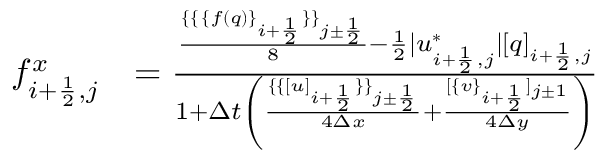
\begin{array} { r l } { f _ { i + \frac 1 2 , j } ^ { x } } & { = \frac { \frac { \{ \{ \, \{ f ( q ) \} _ { i + \frac 1 2 } \} \} _ { j \pm \frac 1 2 } } { 8 } - \frac 1 2 | u _ { i + \frac 1 2 , j } ^ { * } | [ q ] _ { i + \frac 1 2 , j } } { 1 + \Delta t \left( \frac { \{ \{ [ u ] _ { i + \frac 1 2 } \} \} _ { j \pm \frac 1 2 } } { 4 \Delta x } + \frac { [ \{ v \} _ { i + \frac 1 2 } ] _ { j \pm 1 } } { 4 \Delta y } \right) } } \end{array}